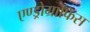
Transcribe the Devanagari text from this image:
एण्ड्रोग्राफिस